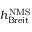
h _ { \mathrm { B r e i t } } ^ { \mathrm { N M S } }